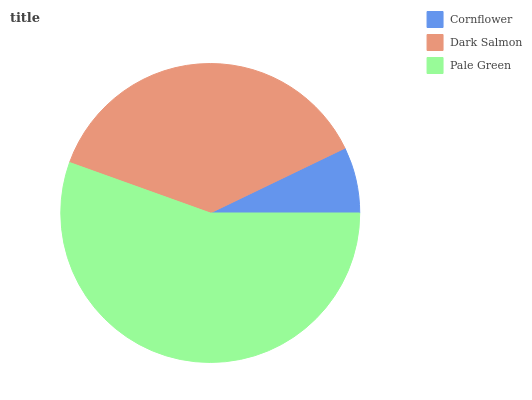
| Cornflower | Dark Salmon | Pale Green |
 | --- | --- | --- |
 | 7.14% | 37.4% | 55.5% |